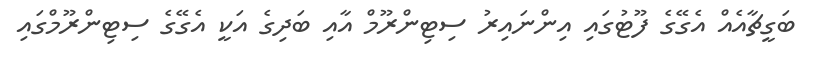
ބަގީޗާއެއް އެގޭގެ ފޫޓުގައި އިންނައިރު ސިޓިންރޫމް އާއި ބަދިގެ އަކީ އެގޭގެ ސިޓިންރޫމްގައި